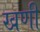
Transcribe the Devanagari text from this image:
खणी